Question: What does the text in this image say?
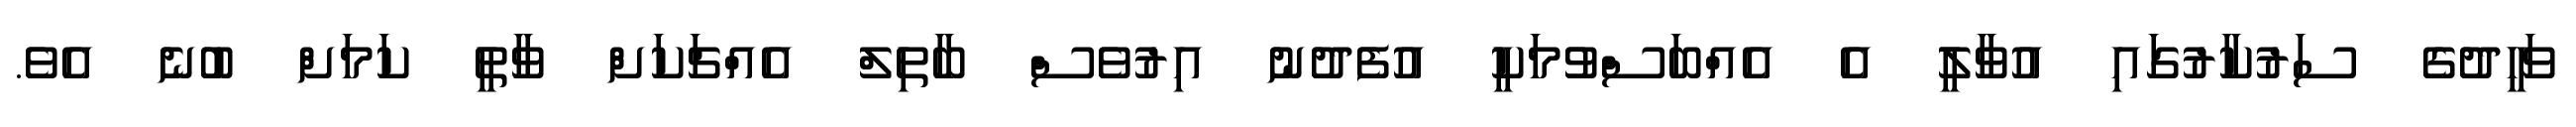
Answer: ވަހީދުގެ ސަރުކާރުގައި އުވާލީ އެ އެއްބަސްވުމަކީ އުފެދުނު އިރުވެސް ބާތިލް އެއްޗަކަށް ވާތީ ކަމަށް ބުނެ އެވެ.